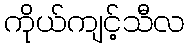
ကိုယ်ကျင့်သီလ